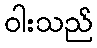
ဝါးသည်